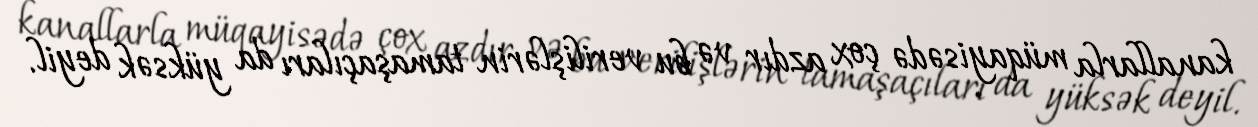
kanallarla müqayisədə çox azdır və bu verilişlərin tamaşaçıları da yüksək deyil.